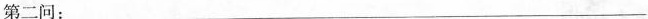
第二问：___